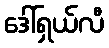
ဒေါ်ရှယ်လီ